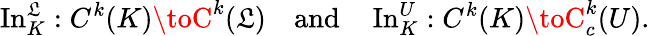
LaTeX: \operatorname{In}_{K}^{\mathfrak{L}}:C^{k}(K)\toC^{k}(\mathfrak{L})\quad{\mathrm{{and}}}\quad\operatorname{In}_{K}^{U}:C^{k}(K)\toC_{c}^{k}(U).